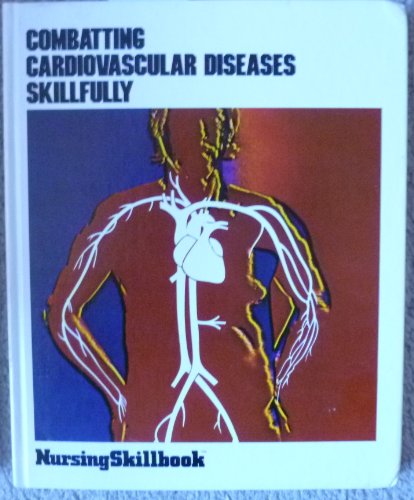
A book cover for Combating Cardiovascular Diseases Skillfully (Nursing Skillbook); Editor: Helen Hamilton; Medical Books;